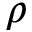
\rho